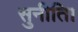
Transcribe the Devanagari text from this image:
सुनीति।